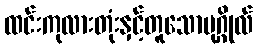
ထင်းကုလားတုံးနှင့်တူသောပုဂ္ဂိုလ်